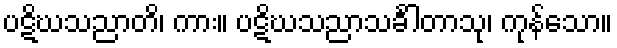
ပဋိဃသညာတိ၊ ကား။ ပဋိဃသညာသင်္ခါတာသု၊ ကုန်သော။